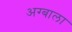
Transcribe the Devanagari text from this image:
अग्बाला